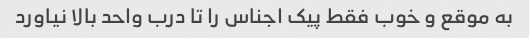
به موقع و خوب فقط پیک اجناس را تا درب واحد بالا نیاورد